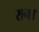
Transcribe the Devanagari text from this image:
रान।